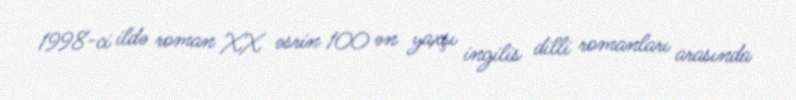
1998-ci ildə roman XX əsrin 100 ən yaxşı ingilis dilli romanları arasında